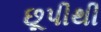
છૂપીથી